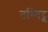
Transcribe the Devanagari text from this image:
तम्बिट्टू